Annual administration report of the Civil Veterinary Department, Ajmere-Merwara, British Rajputana - 1914-1940
Year: 1914
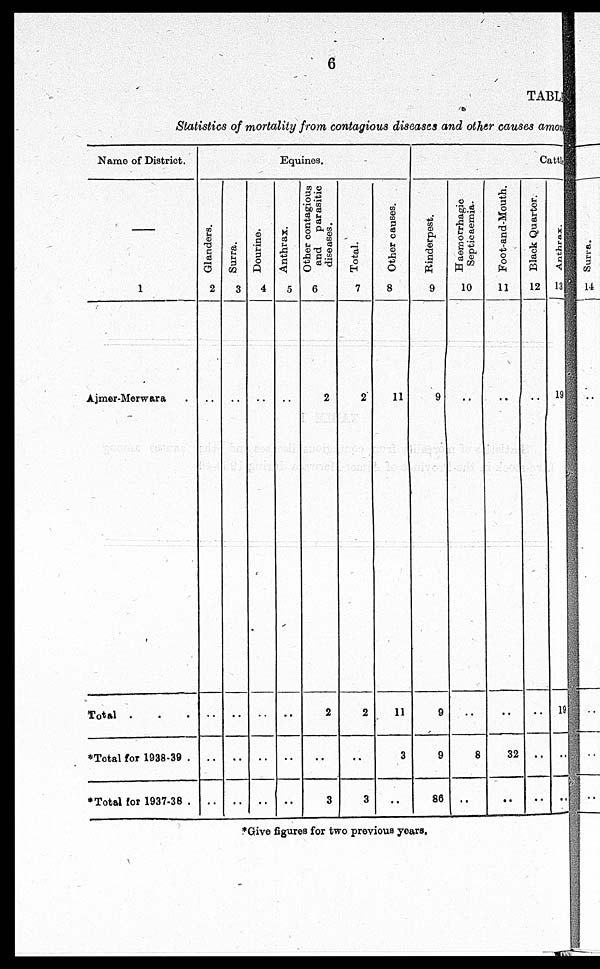
6
TABLE
Statistics of mortality from contagious diseases and other causes amomg
Name of District.
—
1
Ajmer-Merwara .
Total . . .
*Total for 1938-39 .
*Total for 1937-38 .
Equines.
Glanders.
2
..
..
..
..
Surra.
3
..
..
..
..
Dourine.
4
..
..
..
..
Anthrax.
5
..
..
..
..
Other contagious
and
parasitic
diseases.
6
2
2
..
3
Total.
7
2
2
..
3
Other causes.
8
11
11
3
..
Cattle
Rinderpest.
9
9
9
9
86
Haemorrhagic
Septicaemia.
10
..
..
8
..
Foot-and-Mouth.
11
..
..
32
..
Black Quarter.
12
..
..
..
..
Anthrax.
13
19
19
..
..
*Give figures for two previous years.